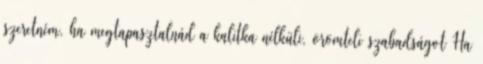
szeretném, ha megtapasztalnád a kalitka nélküli, örömteli szabadságot Ha